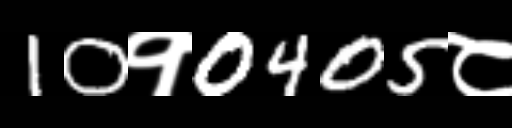
Text: 10१0405८